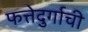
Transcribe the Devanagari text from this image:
फत्तेदुर्गाची